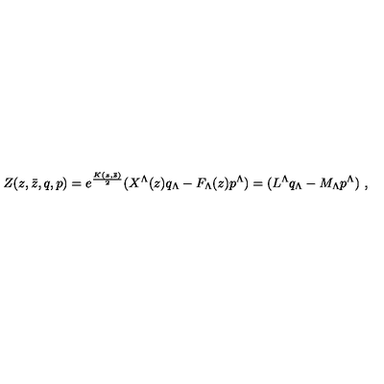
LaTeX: Z ( z , \bar { z } , q , p ) = e ^ { \frac { K ( z , \bar { z } ) } { 2 } } ( X ^ { \Lambda } ( z ) q _ { \Lambda } - F _ { \Lambda } ( z ) p ^ { \Lambda } ) = ( L ^ { \Lambda } q _ { \Lambda } - M _ { \Lambda } p ^ { \Lambda } ) \ ,